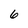
Character: 6